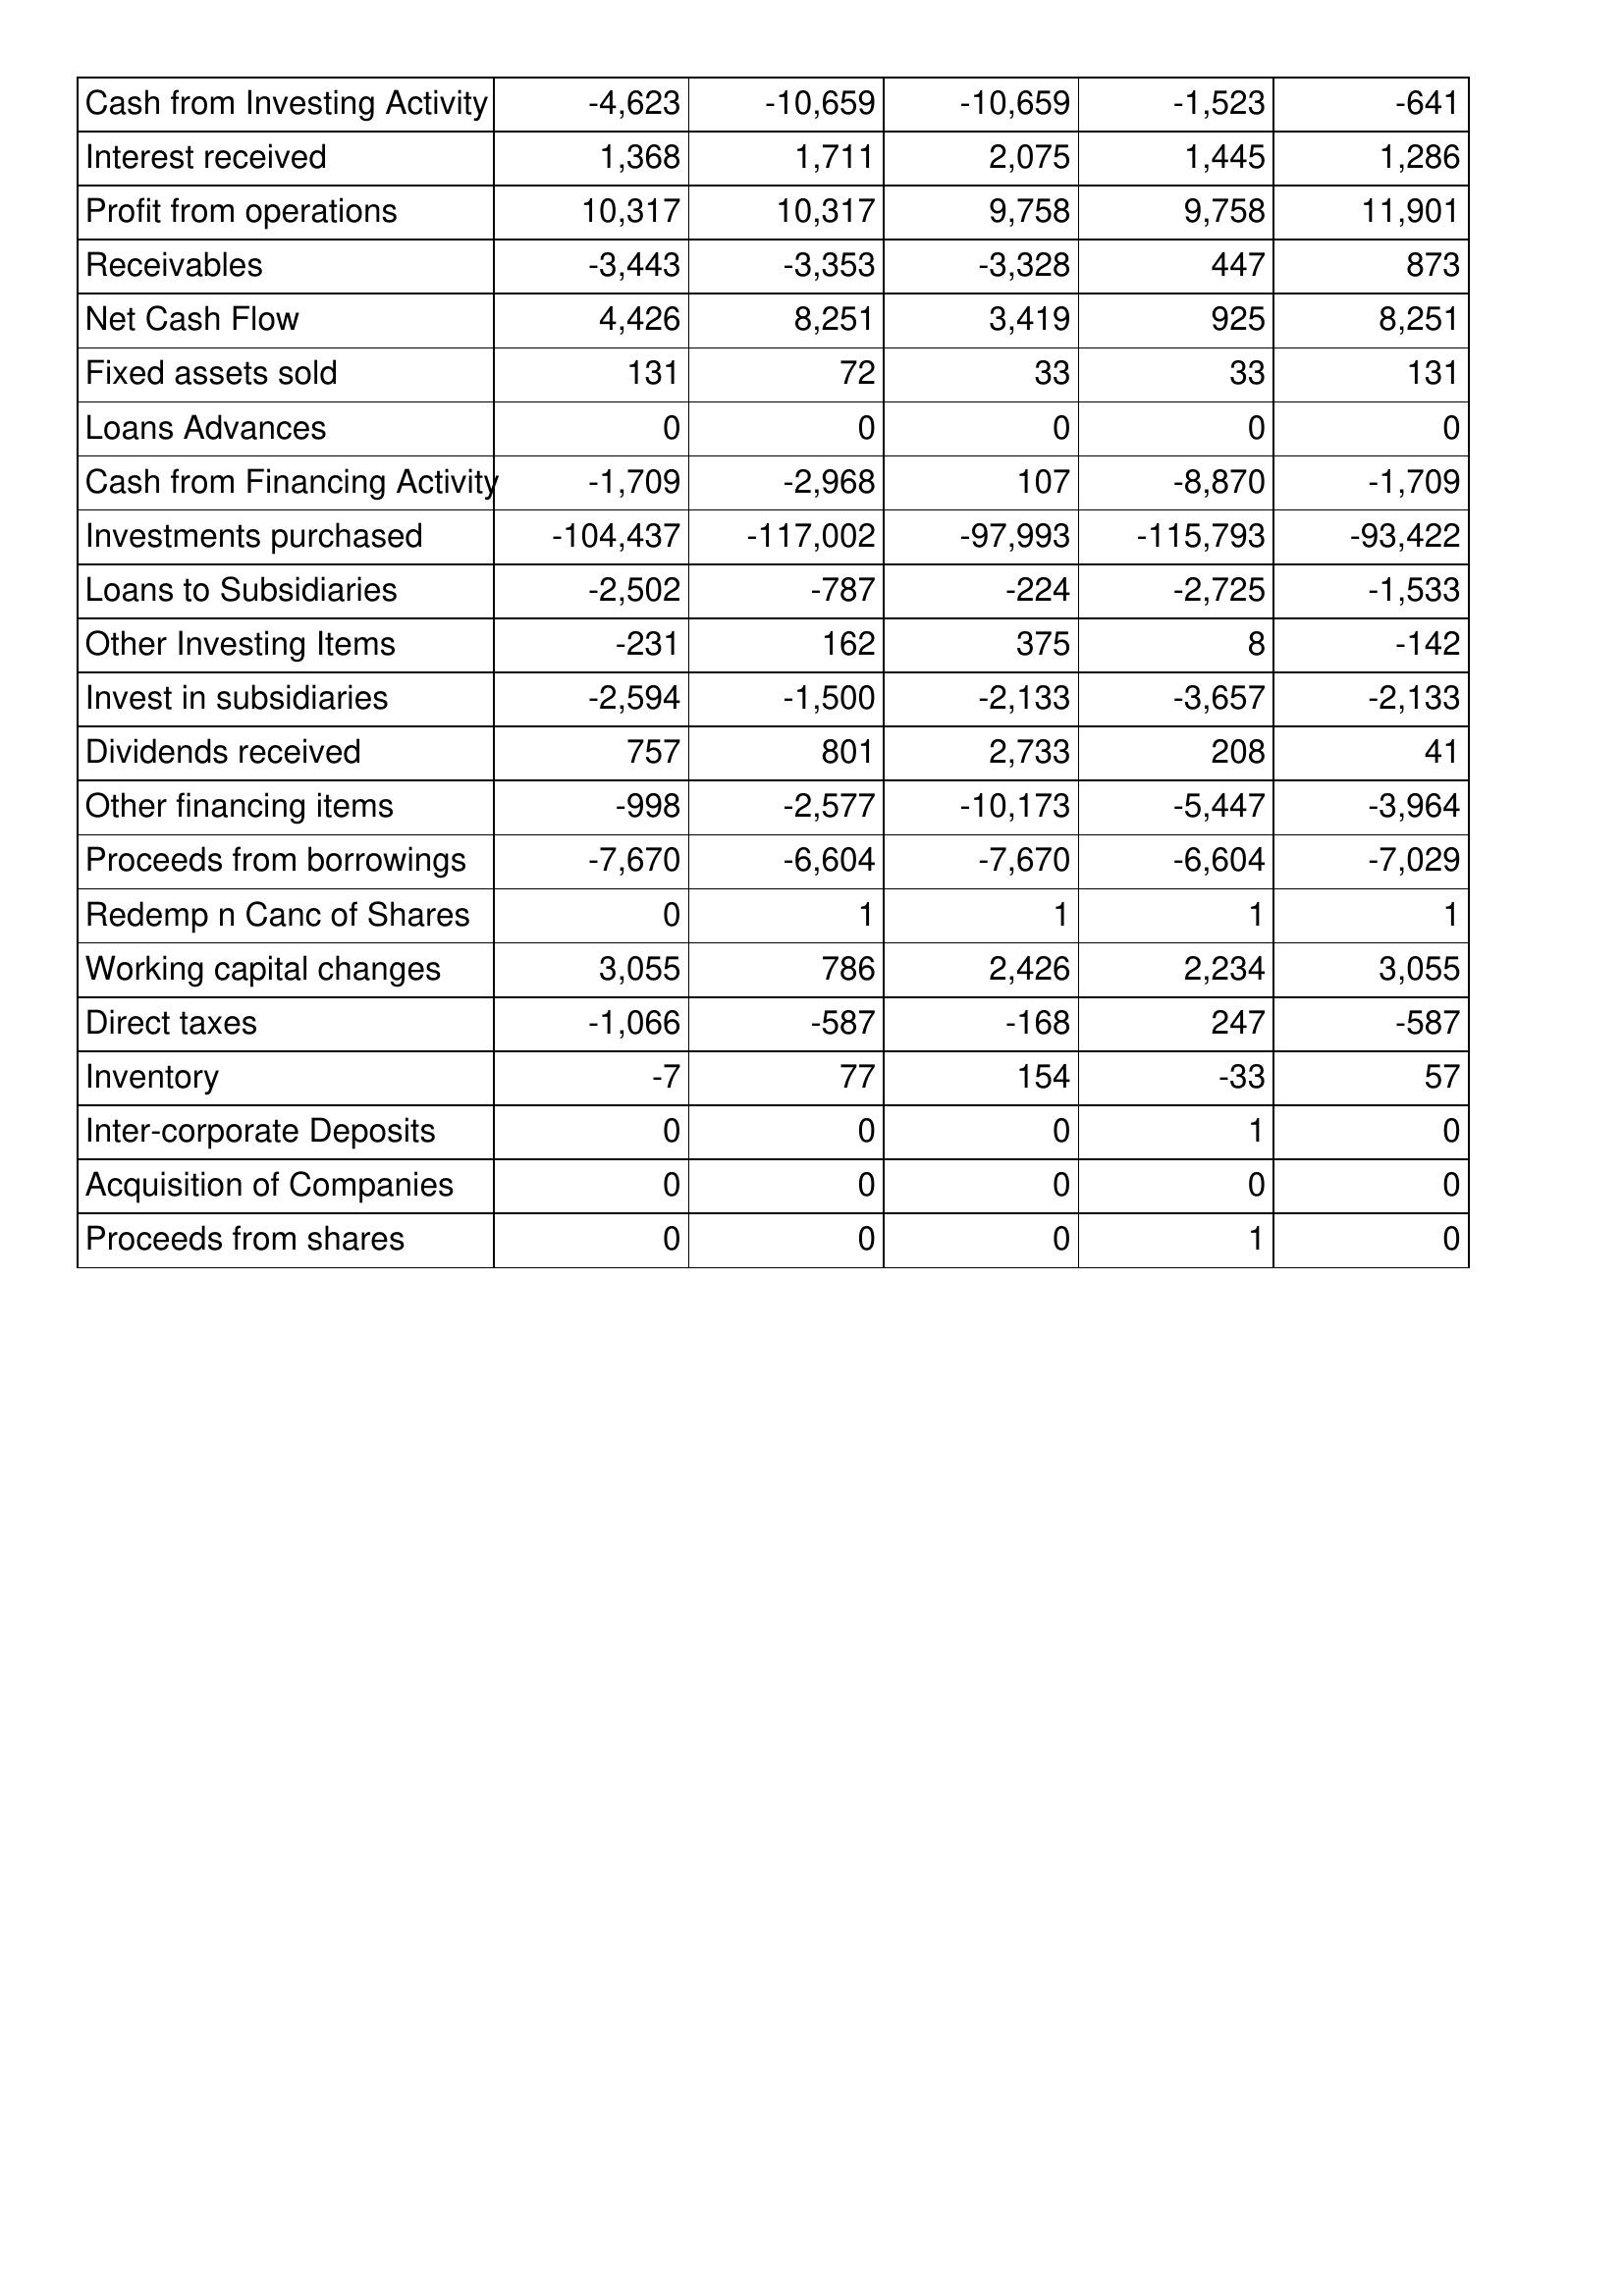
Apr-21: Cash Flows: Cash from Investing Activity: -4,623
Interest received: 1,368
Profit from operations: 10,317
Receivables: -3,443
Net Cash Flow: 4,426
Fixed assets sold: 131
Loans Advances: 0
Cash from Financing Activity: -1,709
Investments purchased: -104,437
Loans to Subsidiaries: -2,502
Other Investing Items: -231
Invest in subsidiaries: -2,594
Dividends received: 757
Other financing items: -998
Proceeds from borrowings: -7,670
Redemp n Canc of Shares: 0
Working capital changes: 3,055
Direct taxes: -1,066
Inventory: -7
Inter-corporate Deposits: 0
Acquisition of Companies: 0
Proceeds from shares: 0
Apr-20: Cash Flows: Cash from Investing Activity: -10,659
Interest received: 1,711
Profit from operations: 10,317
Receivables: -3,353
Net Cash Flow: 8,251
Fixed assets sold: 72
Loans Advances: 0
Cash from Financing Activity: -2,968
Investments purchased: -117,002
Loans to Subsidiaries: -787
Other Investing Items: 162
Invest in subsidiaries: -1,500
Dividends received: 801
Other financing items: -2,577
Proceeds from borrowings: -6,604
Redemp n Canc of Shares: 1
Working capital changes: 786
Direct taxes: -587
Inventory: 77
Inter-corporate Deposits: 0
Acquisition of Companies: 0
Proceeds from shares: 0
Apr-19: Cash Flows: Cash from Investing Activity: -10,659
Interest received: 2,075
Profit from operations: 9,758
Receivables: -3,328
Net Cash Flow: 3,419
Fixed assets sold: 33
Loans Advances: 0
Cash from Financing Activity: 107
Investments purchased: -97,993
Loans to Subsidiaries: -224
Other Investing Items: 375
Invest in subsidiaries: -2,133
Dividends received: 2,733
Other financing items: -10,173
Proceeds from borrowings: -7,670
Redemp n Canc of Shares: 1
Working capital changes: 2,426
Direct taxes: -168
Inventory: 154
Inter-corporate Deposits: 0
Acquisition of Companies: 0
Proceeds from shares: 0
Apr-18: Cash Flows: Cash from Investing Activity: -1,523
Interest received: 1,445
Profit from operations: 9,758
Receivables: 447
Net Cash Flow: 925
Fixed assets sold: 33
Loans Advances: 0
Cash from Financing Activity: -8,870
Investments purchased: -115,793
Loans to Subsidiaries: -2,725
Other Investing Items: 8
Invest in subsidiaries: -3,657
Dividends received: 208
Other financing items: -5,447
Proceeds from borrowings: -6,604
Redemp n Canc of Shares: 1
Working capital changes: 2,234
Direct taxes: 247
Inventory: -33
Inter-corporate Deposits: 1
Acquisition of Companies: 0
Proceeds from shares: 1
Apr-17: Cash Flows: Cash from Investing Activity: -641
Interest received: 1,286
Profit from operations: 11,901
Receivables: 873
Net Cash Flow: 8,251
Fixed assets sold: 131
Loans Advances: 0
Cash from Financing Activity: -1,709
Investments purchased: -93,422
Loans to Subsidiaries: -1,533
Other Investing Items: -142
Invest in subsidiaries: -2,133
Dividends received: 41
Other financing items: -3,964
Proceeds from borrowings: -7,029
Redemp n Canc of Shares: 1
Working capital changes: 3,055
Direct taxes: -587
Inventory: 57
Inter-corporate Deposits: 0
Acquisition of Companies: 0
Proceeds from shares: 0